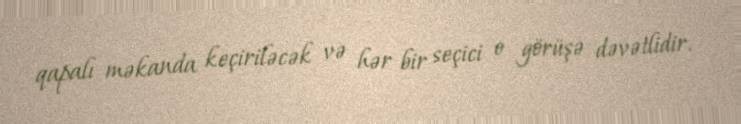
qapalı məkanda keçiriləcək və hər bir seçici o görüşə dəvətlidir.